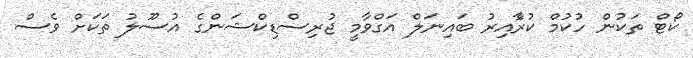
ކޯޓް ތަކުން ހުުކުމް ކުރާެއިރު ބައިނަލް އަގްވާމީ ޖުރިސްޑިކްޝަންގެ އުސޫލު ތަކަށް ވެސް